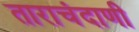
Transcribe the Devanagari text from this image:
ताराचंदाणी